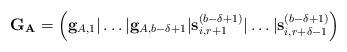
LaTeX: \begin{align*}\mathbf{G_A}=\left(\mathbf{g}_{A,1}|\dots|\mathbf{g}_{A,b-\delta+1}|\mathbf{s}_{i,r+1}^{(b-\delta+1)}|\dots|\mathbf{s}_{i,r+\delta-1}^{(b-\delta+1)}\right)\end{align*}